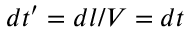
d t ^ { \prime } = d l / V = d t